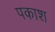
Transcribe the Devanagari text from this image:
पकाश